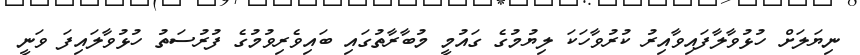
ނިޔަލަށް ހުޅުވާލާފައިވާއިރު ކުރުވާހަކަ ލިޔުމުގެ ގައުމީ މުބާރާތުގައި ބައިވެރިވުމުގެ ފުރުސަތު ހުޅުވާލައިފަ ވަނީ